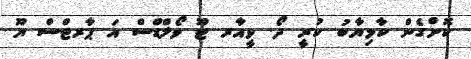
ކޮށްގެން ކާމިޔާބު ކުރީ ދޯ. ވީއާރ ޓޫ ވޯލްޑްސް އަ ޕާރޓްސް ޔޫ